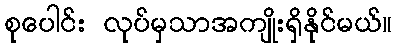
စုပေါင်း လုပ်မှသာအကျိုးရှိနိုင်မယ်။